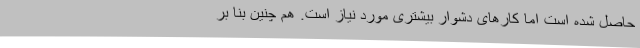
حاصل شده است اما کارهای دشوار بیشتری مورد نیاز است. هم چنین بنا بر